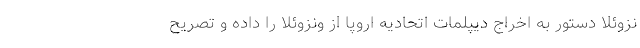
نزوئلا دستور به اخراج دیپلمات اتحادیه اروپا از ونزوئلا را داده و تصریح